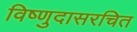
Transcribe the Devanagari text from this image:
विष्णुदासरचित